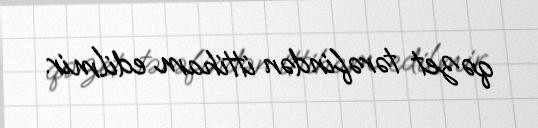
qəzet tərəfindən ittiham edilmir.